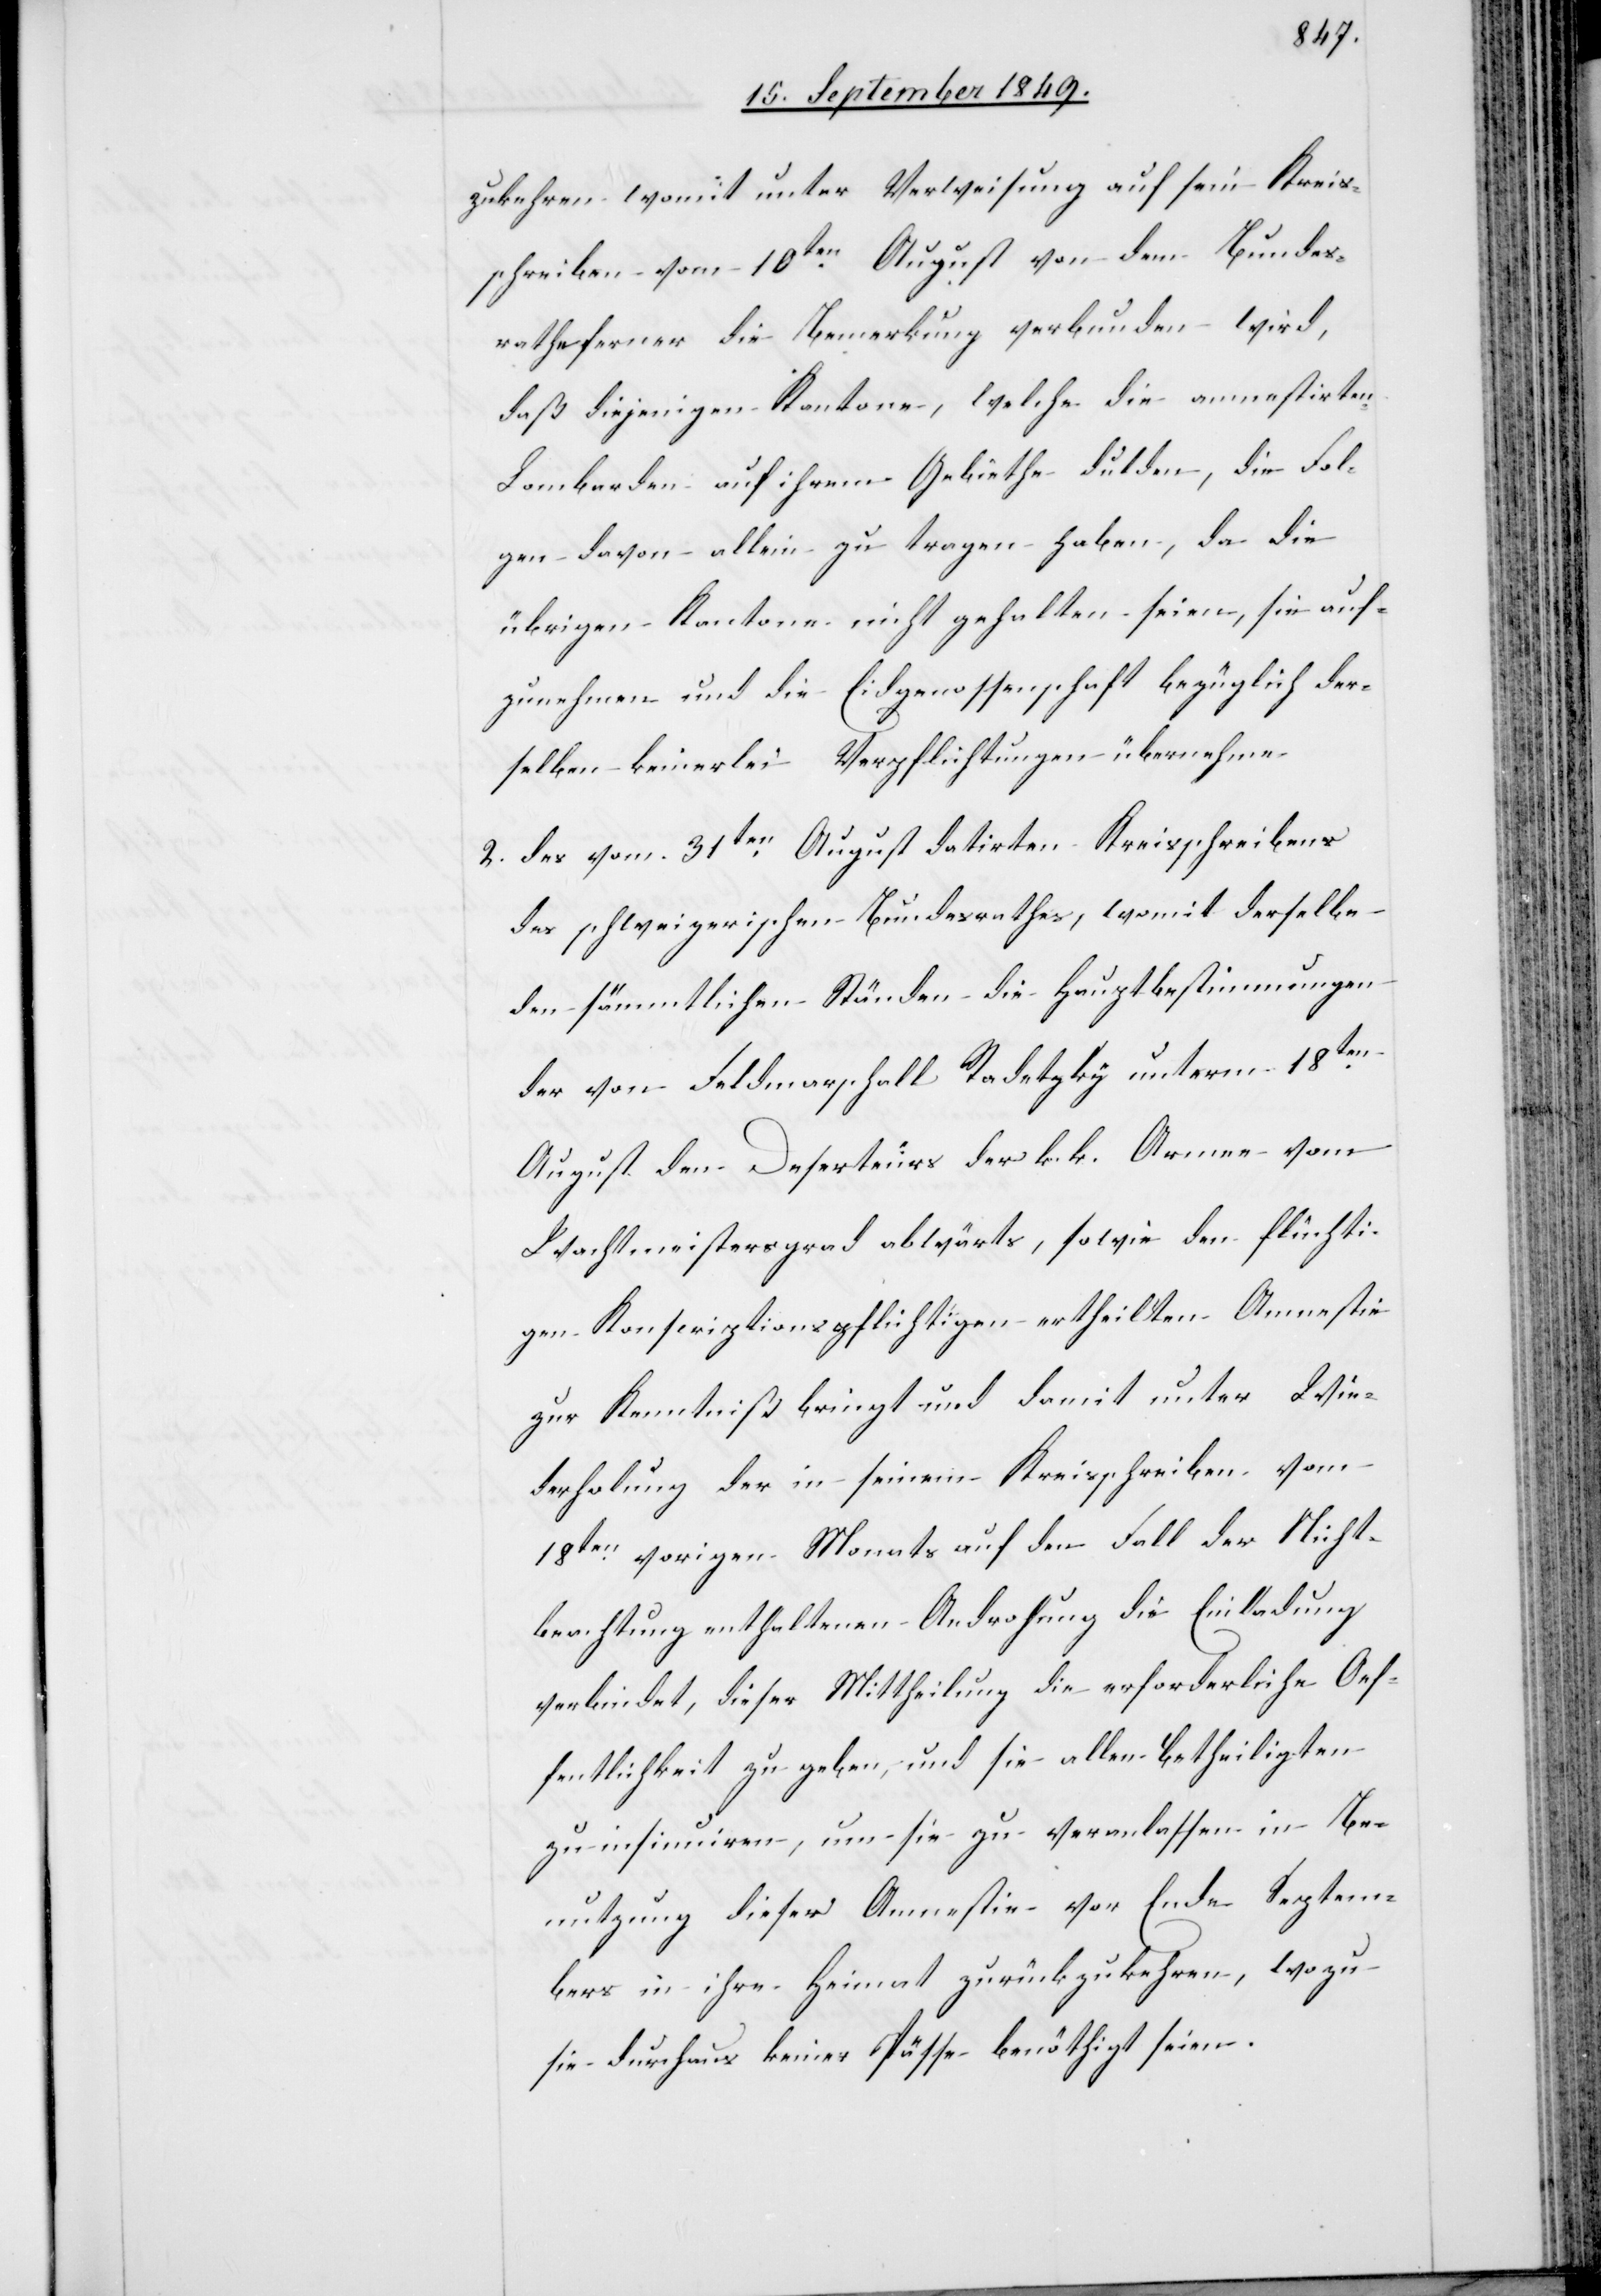
zukehren womit unter Verweisung auf sein Kreis¬
schreiben vom 10ten August von dem Bundes¬
rathe ferner die Bemerkung verbunden wird,
daß diejenigen Kantone, welche die amnestirten
Lombarden auf ihrem Gebiethe dulden, die Fol¬
gen davon allein zu tragen haben, da die
übrigen Kantone nicht gehalten seien, sie auf¬
zunehmen und die Eidgenossenschaft bezüglich der¬
selben keinerlei Verpflichtungen übernehmen.
2. des vom 31ten August datirten Kreisschreibens
des schweizerischen Bundesrathes, womit derselbe
den sämmtlichen Ständen die Hauptbestimmungen
der von Feldmarschall Radetzky unterm 18ten
August den Deserteurs der k. k. Armee vom
Wachtmeistersgrad abwärts, sowie den flüchti¬
gen Konscriptionsflüchtigen ertheilten Amnestie
zur Kenntniß bringt und damit unter Wie¬
derholung der in seinem Kreisschreiben vom
18ten vorigen Monats auf den Fall der Nicht¬
beachtung enthaltenen Androhung die Einladung
verbindet, dieser Mittheilung die erforderliche Oef¬
fentlichkeit zu geben und sie allen Betheiligten
zu insinurien, um sie zu veranlassen in Be¬
nutzung dieser Amnestie vor Ende Septem¬
bers in ihre Heimat zurückzukehren, wozu
sie durchaus keiner Pässe benöthigt seien.